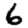
Digit: 6